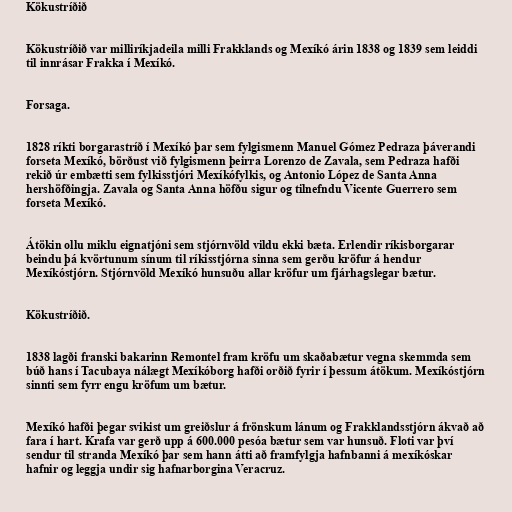
Kökustríðið

Kökustríðið var milliríkjadeila milli Frakklands og Mexíkó árin 1838 og 1839 sem leiddi
til innrásar Frakka í Mexíkó.

Forsaga.

1828 ríkti borgarastríð í Mexíkó þar sem fylgismenn Manuel Gómez Pedraza þáverandi
forseta Mexíkó, börðust við fylgismenn þeirra Lorenzo de Zavala, sem Pedraza hafði
rekið úr embætti sem fylkisstjóri Mexíkófylkis, og Antonio López de Santa Anna
hershöfðingja. Zavala og Santa Anna höfðu sigur og tilnefndu Vicente Guerrero sem
forseta Mexíkó.

Átökin ollu miklu eignatjóni sem stjórnvöld vildu ekki bæta. Erlendir ríkisborgarar
beindu þá kvörtunum sínum til ríkisstjórna sinna sem gerðu kröfur á hendur
Mexíkóstjórn. Stjórnvöld Mexíkó hunsuðu allar kröfur um fjárhagslegar bætur.

Kökustríðið.

1838 lagði franski bakarinn Remontel fram kröfu um skaðabætur vegna skemmda sem
búð hans í Tacubaya nálægt Mexíkóborg hafði orðið fyrir í þessum átökum. Mexíkóstjórn
sinnti sem fyrr engu kröfum um bætur.

Mexíkó hafði þegar svikist um greiðslur á frönskum lánum og Frakklandsstjórn ákvað að
fara í hart. Krafa var gerð upp á 600.000 pesóa bætur sem var hunsuð. Floti var því
sendur til stranda Mexíkó þar sem hann átti að framfylgja hafnbanni á mexíkóskar
hafnir og leggja undir sig hafnarborgina Veracruz.